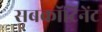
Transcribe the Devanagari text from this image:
सबकॉटिनेंट